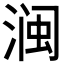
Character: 𱧜